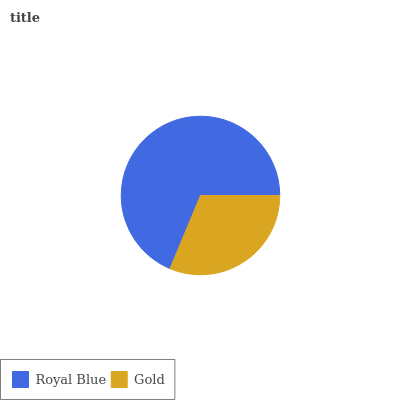
| Royal Blue | Gold |
 | --- | --- |
 | 68.7% | 31.3% |